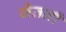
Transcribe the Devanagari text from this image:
जेतली